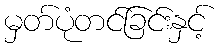
မှတ်ပုံတင်ခြင်းနှင့်